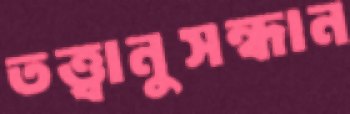
তত্ত্বানুসন্ধান